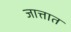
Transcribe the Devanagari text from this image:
जात्तात